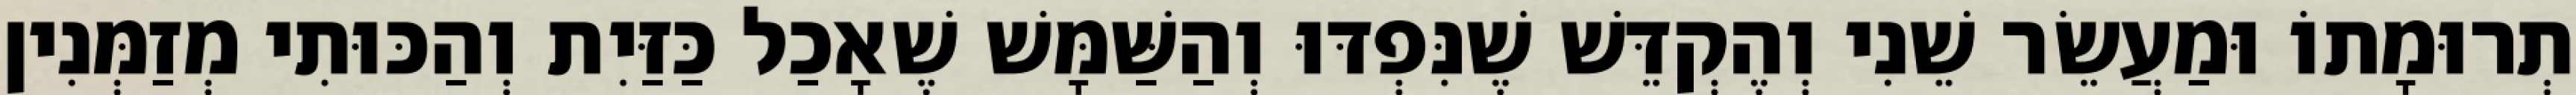
תְרוּמָתוֹ וּמַעֲשֵׂר שֵׁנִי וְהֶקְדֵּשׁ שֶׁנִּפְדּוּ וְהַשַּׁמָּשׁ שֶׁאָכַל כַּזַּיִת וְהַכּוּתִי מְזַמְּנִין